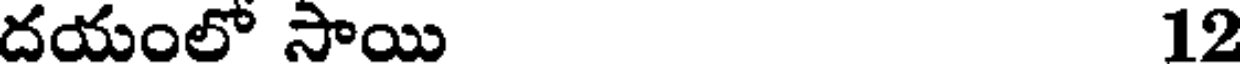
దయంలో సాయి 12